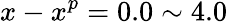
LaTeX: x-x^{p}=0.0\sim 4.0